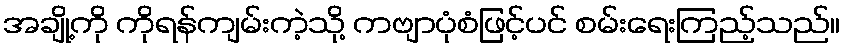
အချို့ကို ကိုရန်ကျမ်းကဲ့သို့ ကဗျာပုံစံဖြင့်ပင် စမ်းရေးကြည့်သည်။